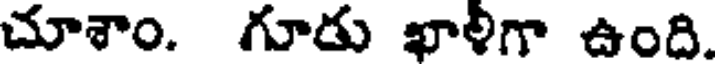
చూశాం. గూడు ఖాళిగా ఉంది.